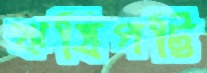
ঋষিপট্টি